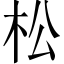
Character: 松